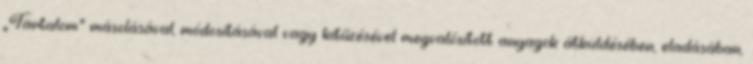
„Tartalom” másolásával, módosításával vagy kitűzésével megvalósított anyagok átküldésében, eladásában,